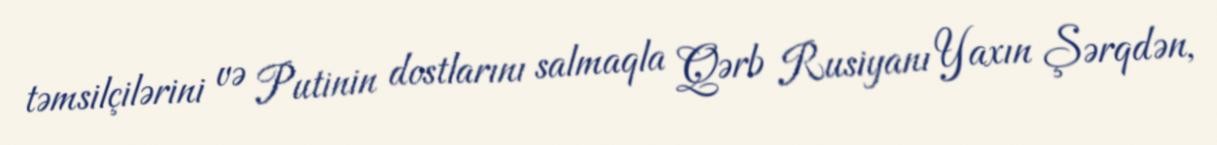
təmsilçilərini və Putinin dostlarını salmaqla Qərb Rusiyanı Yaxın Şərqdən,